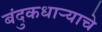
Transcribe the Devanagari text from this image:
बंदुकधाऱ्याचे